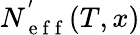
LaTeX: N_{\mathrm{~e~f~f~}}^{'}(T,x)